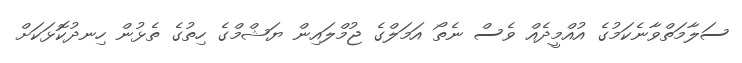
ސަލާމަތްވާނެކަމުގެ އުއްމީދެއް ވެސް ނެތޯ އަމަލްގެ ޖުމްލައިން ޔަޝްމްގެ ހިތުގެ ތެޅުން ހިނދުކޮޅަކަށް